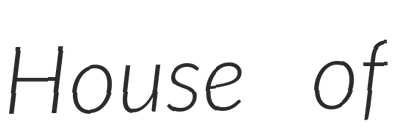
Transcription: House of